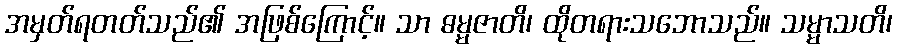
အမှတ်ရတတ်သည်၏ အဖြစ်ကြောင့်။ သာ ဓမ္မဇာတိ၊ ထိုတရားသဘောသည်။ သမ္မာသတိ၊